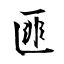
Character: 匪